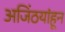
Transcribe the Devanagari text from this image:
अजिंठयांहून